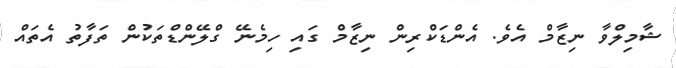
ޝާމިލްވާ ނިޒާމް އެެވެ. އެންޑަކްރިން ނިޒާމް ގައި ހިމެނޭ ގްލޭންޑްތަކުން ތަފާތު އެތައް